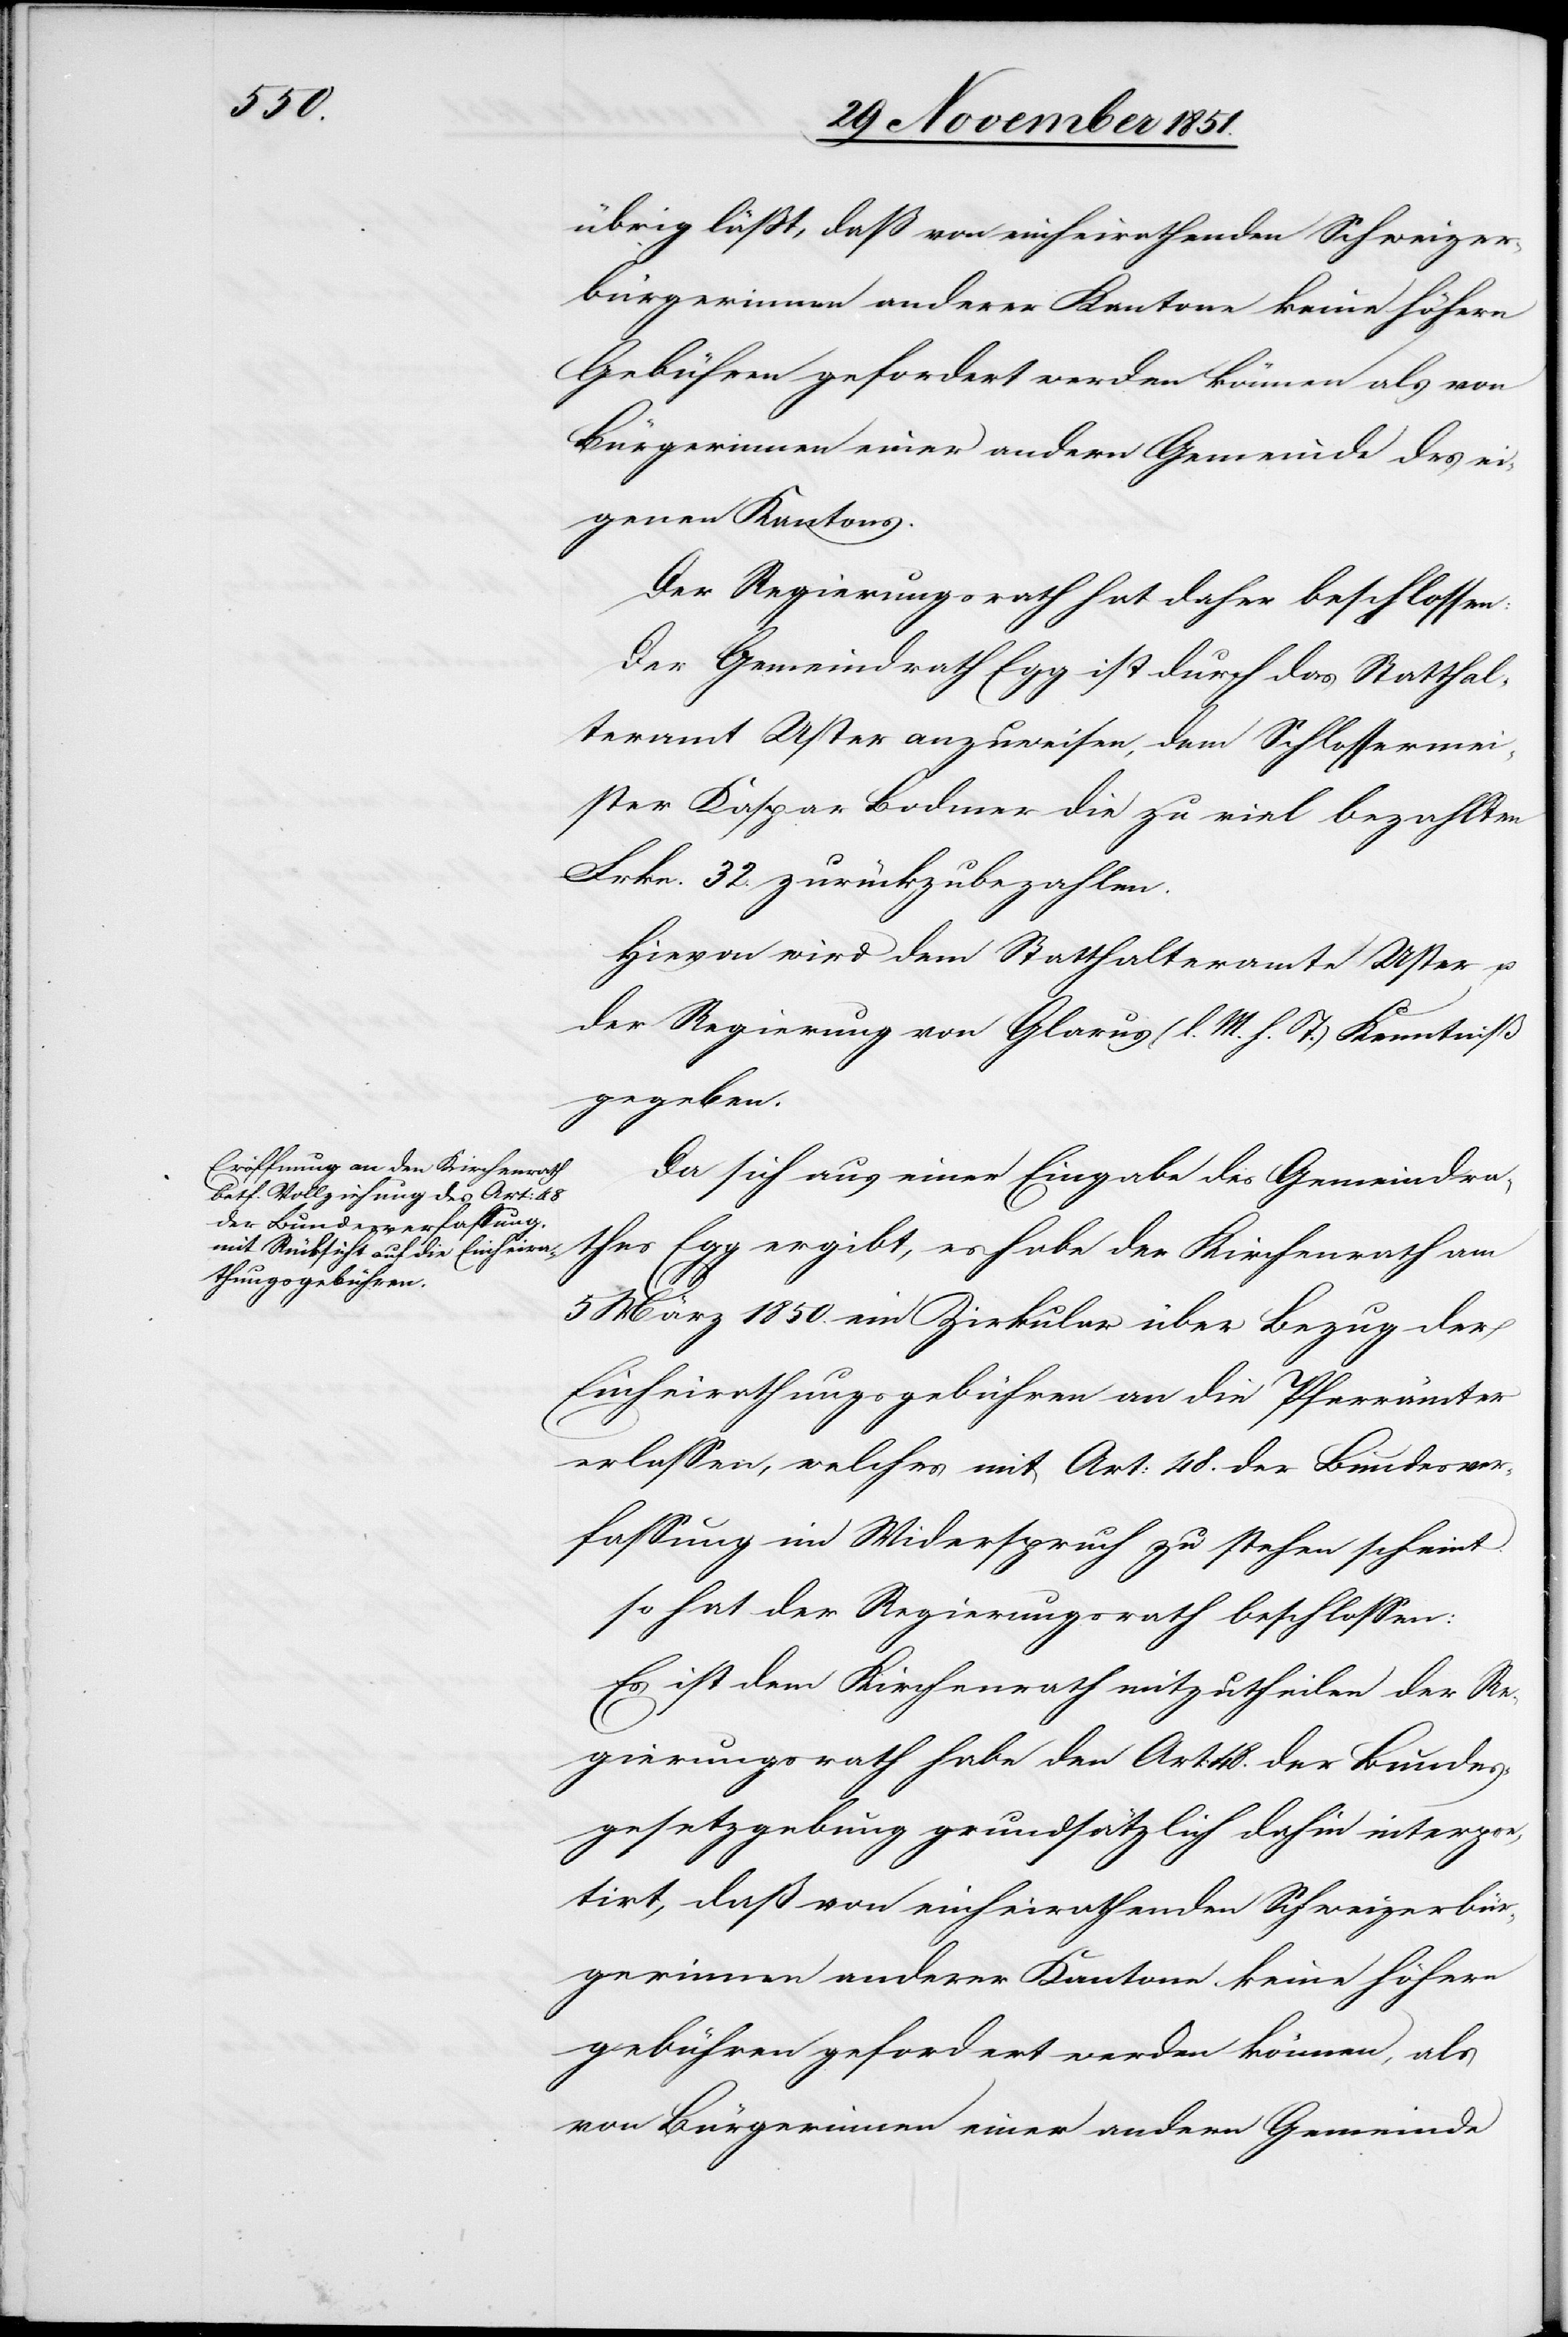
übrig läßt, daß von einheirathenden Schweizer¬
bürgerinnen anderer Kantone keine höhern
[sic!] gefordert werden können, als v¬
Bürgerinnen einer andern Gemeinde des ei¬
genen Kantons.
Der Regierungsrath hat daher beschlossen:
Der Gemeindrath Egg ist durch das Statthal¬
teramt Uster anzuweisen, dem Schlossermei¬
ster Kaspar Bodmer die zu viel bezahlten
Frkn. 32. zurückzubezahlen.
Hievon wird dem Statthalteramte Uster u.
der Regierung von Glarus (l. M. h. T.) Kenntniß
gegeben.
Da sich aus einer Eingabe des Gemeindra¬
thes Egg ergibt, es habe der Kirchenrath am
5 März 1850. ein Zirkular über Bezug der
Einheirathungsgebühren an die Pfarrämter
erlassen, welches mit Art: 48. der Bundesver¬
fassung im Widerspruch zu stehen scheint
so hat der Regierungsrath beschlossen:
Es ist dem Kirchenrath mitzutheilen der Re¬
gierungsrath habe den Art: 48. der Bundes¬
gesetzgebung grundsätzlich dahin interpre¬
tirt, daß von einheirathenden Schweizerbür¬
gerinnen anderer Kantone keine höhern
on Bürgerinnen einer andern Gemeinde